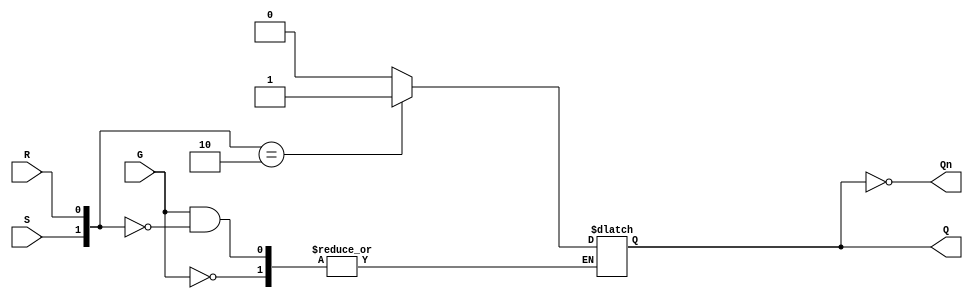
module gated_sr_latch (
    input wire S,      // Set input
    input wire R,      // Reset input
    input wire G,      // Gate input
    output reg Q,      // Output Q
    output wire Qn     // Complement of Q
);

    assign Qn = ~Q; // Q' is the complement of Q

    always @(*) begin
        if (G == 0) begin
            // Hold state
            Q <= Q; // Maintain previous state
        end else begin
            // G is high, evaluate S and R
            case ({S, R})
                2'b00: Q <= Q; // Hold state
                2'b01: Q <= 0; // Reset state
                2'b10: Q <= 1; // Set state
                2'b11: Q <= 1'bx; // Invalid state (undefined)
                default: Q <= Q; // Default to hold state
            endcase
        end
    end

endmodule